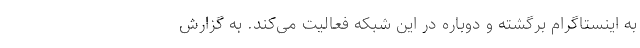
به اینستاگرام برگشته و دوباره در این شبکه فعالیت می‌کند. به گزارش